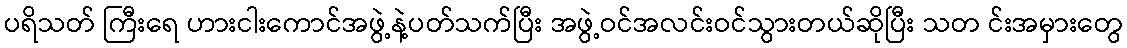
ပရိသတ် ကြီးရေ ဟားငါးကောင်အဖွဲ့နဲ့ပတ်သက်ပြီး အဖွဲ့ဝင်အလင်းဝင်သွားတယ်ဆိုပြီး သတ င်းအမှားတွေ